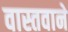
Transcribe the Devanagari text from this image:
वास्तवाने